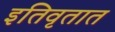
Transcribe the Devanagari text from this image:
इतिवृतात